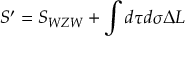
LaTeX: S ^ { \prime } = S _ { W Z W } + \int d \tau d \sigma \Delta { \cal L }